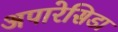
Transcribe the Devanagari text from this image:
अपारेसिडा